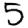
Digit: 5